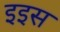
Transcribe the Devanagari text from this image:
इइस